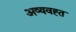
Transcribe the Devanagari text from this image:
अव्यवह्त